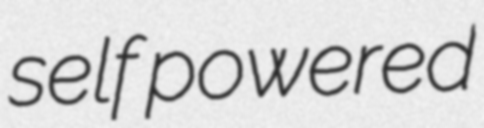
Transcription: self powered